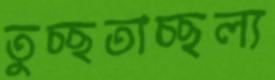
তুচ্ছতাচ্ছল্য